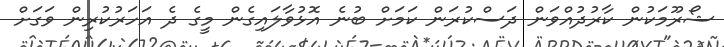
ޝޯރޫމަކުން ކާރުދުއްވަން ދަސްކުރަން ކަމަށް ބުނެ އޮޅުވާލައިގެން މީގެ ދެ އަހަރުކުރިން ވަގަށް